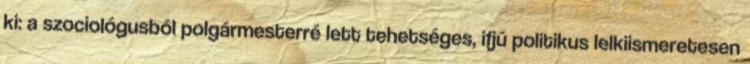
ki: a szociológusból polgármesterré lett tehetséges, ifjú politikus lelkiismeretesen